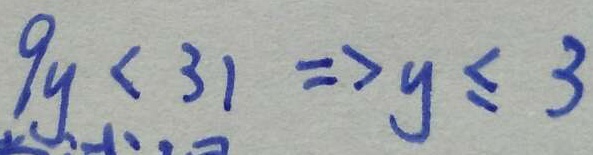
9 y < 3 1 \Rightarrow y \leq 3